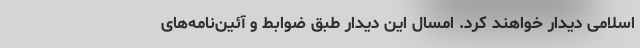
اسلامی دیدار خواهند کرد. امسال این دیدار طبق ضوابط و آئین‌نامه‌های